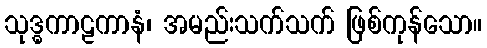
သုဒ္ဓကာဠကာနံ၊ အမည်းသက်သက် ဖြစ်ကုန်သော။